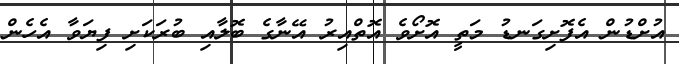
އުށްޑުން އެފޮށިގަނޑު މަތީ އޮށޯވެ އޮތްއިރު އޭނާގެ ބޮލާއި ބުރަކަށި ފިޔަވާ އެހެން